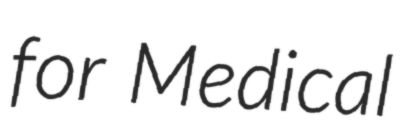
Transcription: for Medical